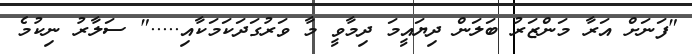
"ފަނަށް އަރާ މަންޒަރު ބަލަން ދިޔައީމަ ދިމާވީ މާ ވަރުގަދަކަމަކާއި....." ސަލާރު ނިކުމެ